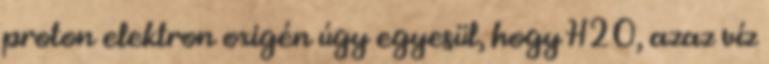
proton elektron oxigén úgy egyesül, hogy H2O, azaz víz